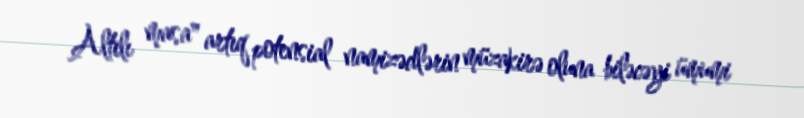
Altılı masa" artıq potensial namizədlərin müzakirə oluna biləcəyi ümumi